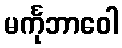
မင်္ကုဘာဝေါ